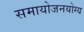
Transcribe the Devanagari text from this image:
समायोजनयोग्‍य